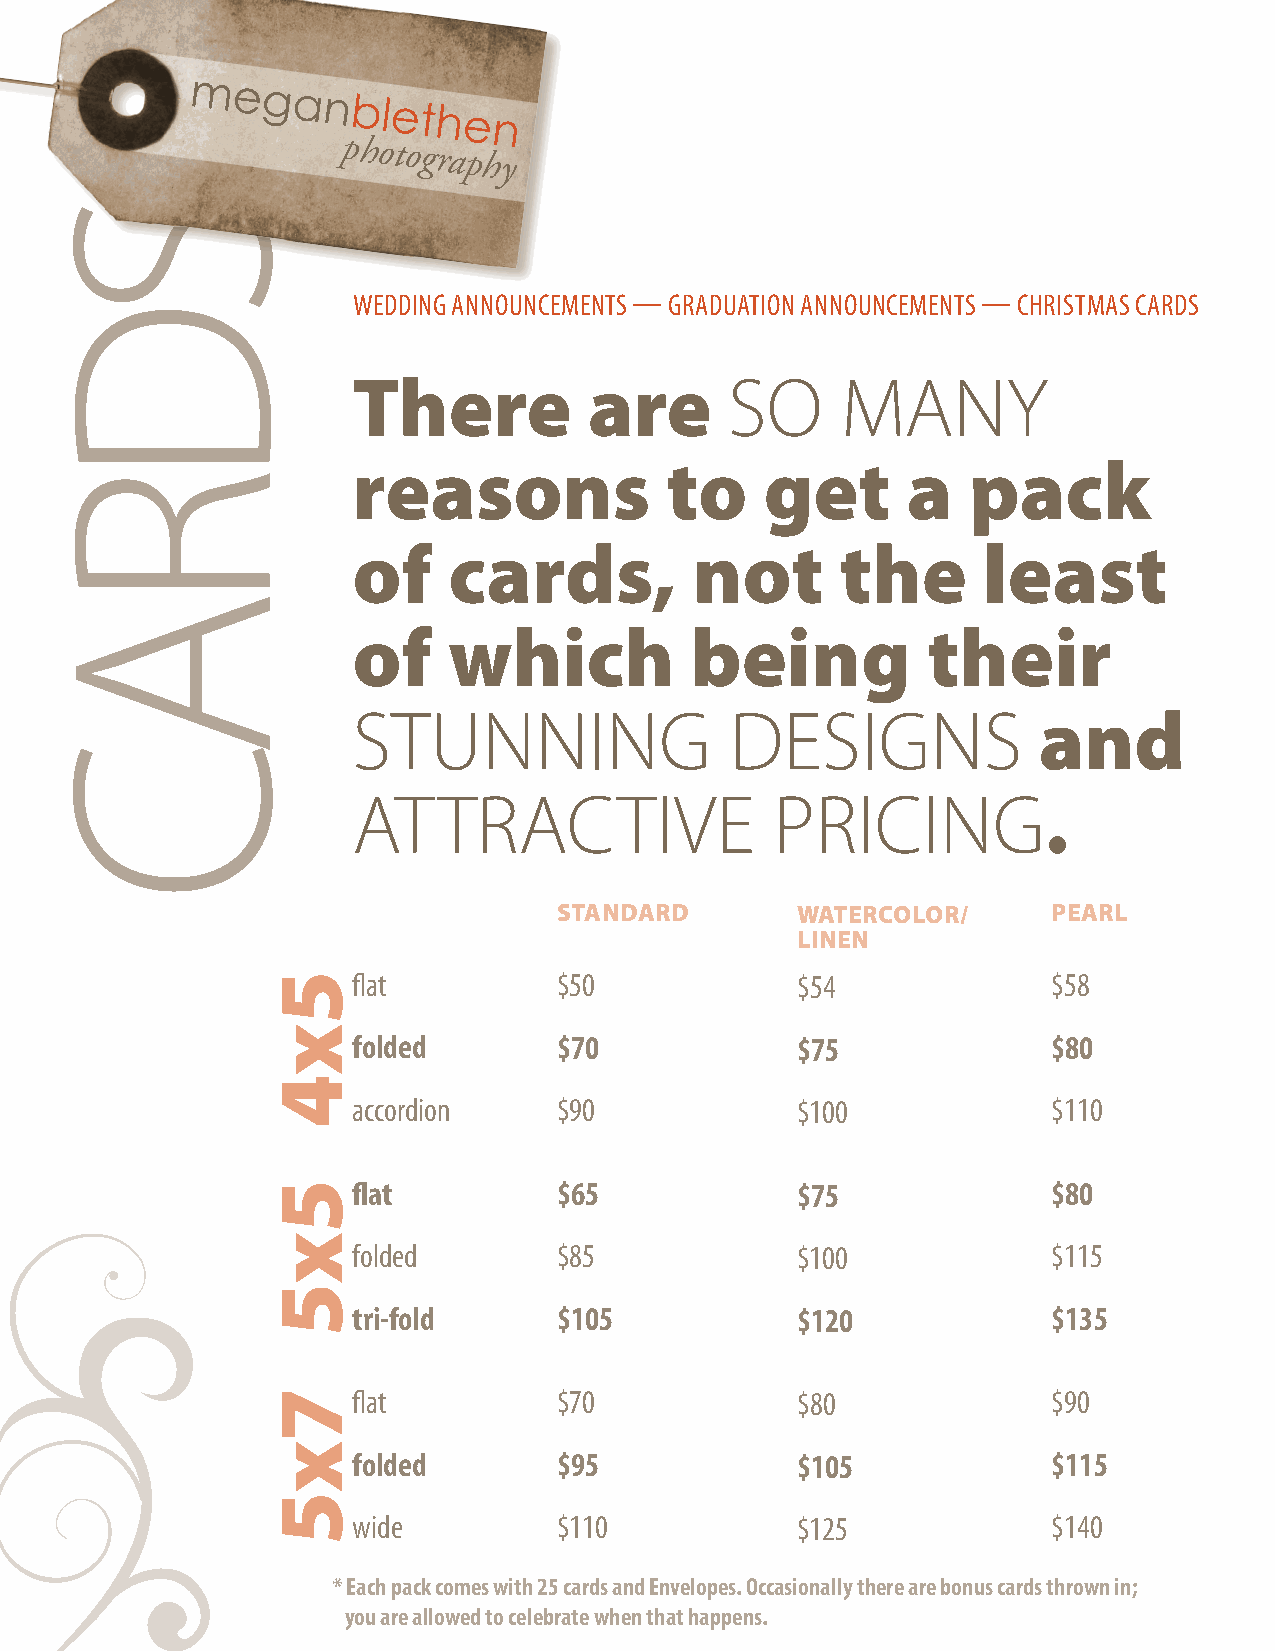
meganblethen
 photography
 WEDDING ANNOUNCEMENTS — GRADUATION ANNOUNCEMENTS — CHRISTMAS CARDS
 There           are      SO      MANY
 reasons              to     get      a   pack
 of     cards,          not       the      least
 of     which           being          their
 STUNNING                 DESIGNS              and
 ATTRACTIVE                  PRICING.
 STANDARD        WATERCOLOR/      PEARL
 LINEN
 flat          $50             $54              $58
 folded        $70             $75              $80
 accordion     $90             $100             $110
 flat          $65             $75              $80
 folded        $85             $100             $115
 tri-fold      $105            $120             $135
 flat          $70             $80              $90
 folded        $95             $105             $115
 wide          $110            $125             $140
 * Each pack comes with 25 cards and Envelopes. Occasionally there are bonus cards thrown in;
 you are allowed to celebrate when that happens.
 SDRAC
 5x4
 5x5
 7x5